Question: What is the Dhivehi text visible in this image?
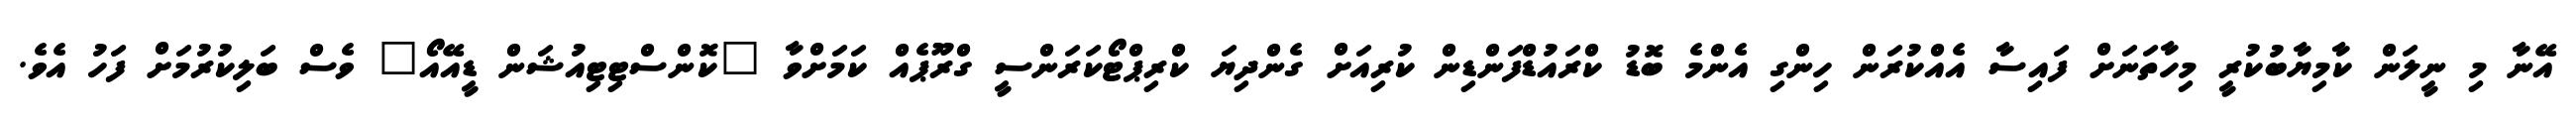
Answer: އޭނާ މި ނީލަން ކާމިޔާބުކުރީ މިހާތަނަށް ފައިސާ އެއްކުރަން ހިންގި އެންމެ ބޮޑު ކްރައުޑްފަންޑިން ކުރިއަށް ގެންދިޔަ ކްރިޕްޓޯކަރަންސީ ގްރޫޕެއް ކަމަށްވާ "ކޮންސްޓިޓިއުޝަން ޑީއޭއޯ" ވެސް ބަލިކުރުމަށް ފަހު އެވެ.